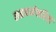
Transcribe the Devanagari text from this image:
सहकर्मचारियों